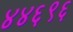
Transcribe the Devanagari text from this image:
४४६९६